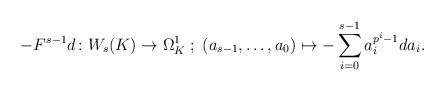
LaTeX: \begin{align*}-F^{s-1}d\colon W_{s}(K)\rightarrow \Omega^{1}_{K}\; ;\; (a_{s-1},\ldots,a_{0})\mapsto -\sum_{i=0}^{s-1}a_{i}^{p^{i}-1}da_{i}. \end{align*}